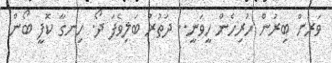
ވަރަށް ބިރުން ހުރިހެން ހީވަނީ.. ދަތުރު ބަލިވެފަ ދޯ. ހިނގާ ކޮފީ ބޯން.